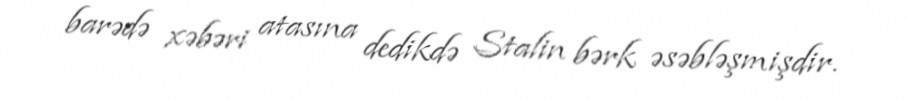
barədə xəbəri atasına dedikdə Stalin bərk əsəbləşmişdir.